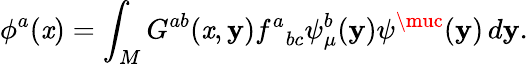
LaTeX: \phi^{a}(\mathit{x})=\int_{M}G^{ab}(\mathit{x},\mathbf{y}){f^{a}}_{bc}\psi_{\mu}^{b}(\mathbf{y})\psi^{\muc}(\mathbf{y})\, d\mathbf{y}.